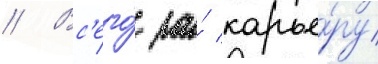
// Вс'его́ за́ карье́ру